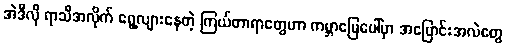
အဲဒီလို ရာသီအလိုက် ရွေ့လျားနေတဲ့ ကြယ်တာရာတွေဟာ ကမ္ဘာမြေပေါ်မှာ အပြောင်းအလဲတွေ